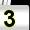
Digit: 3